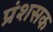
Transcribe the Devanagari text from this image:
प्रंशसक